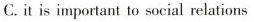
C.it is important to social relations